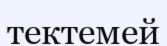
тектемей